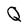
Character: Q